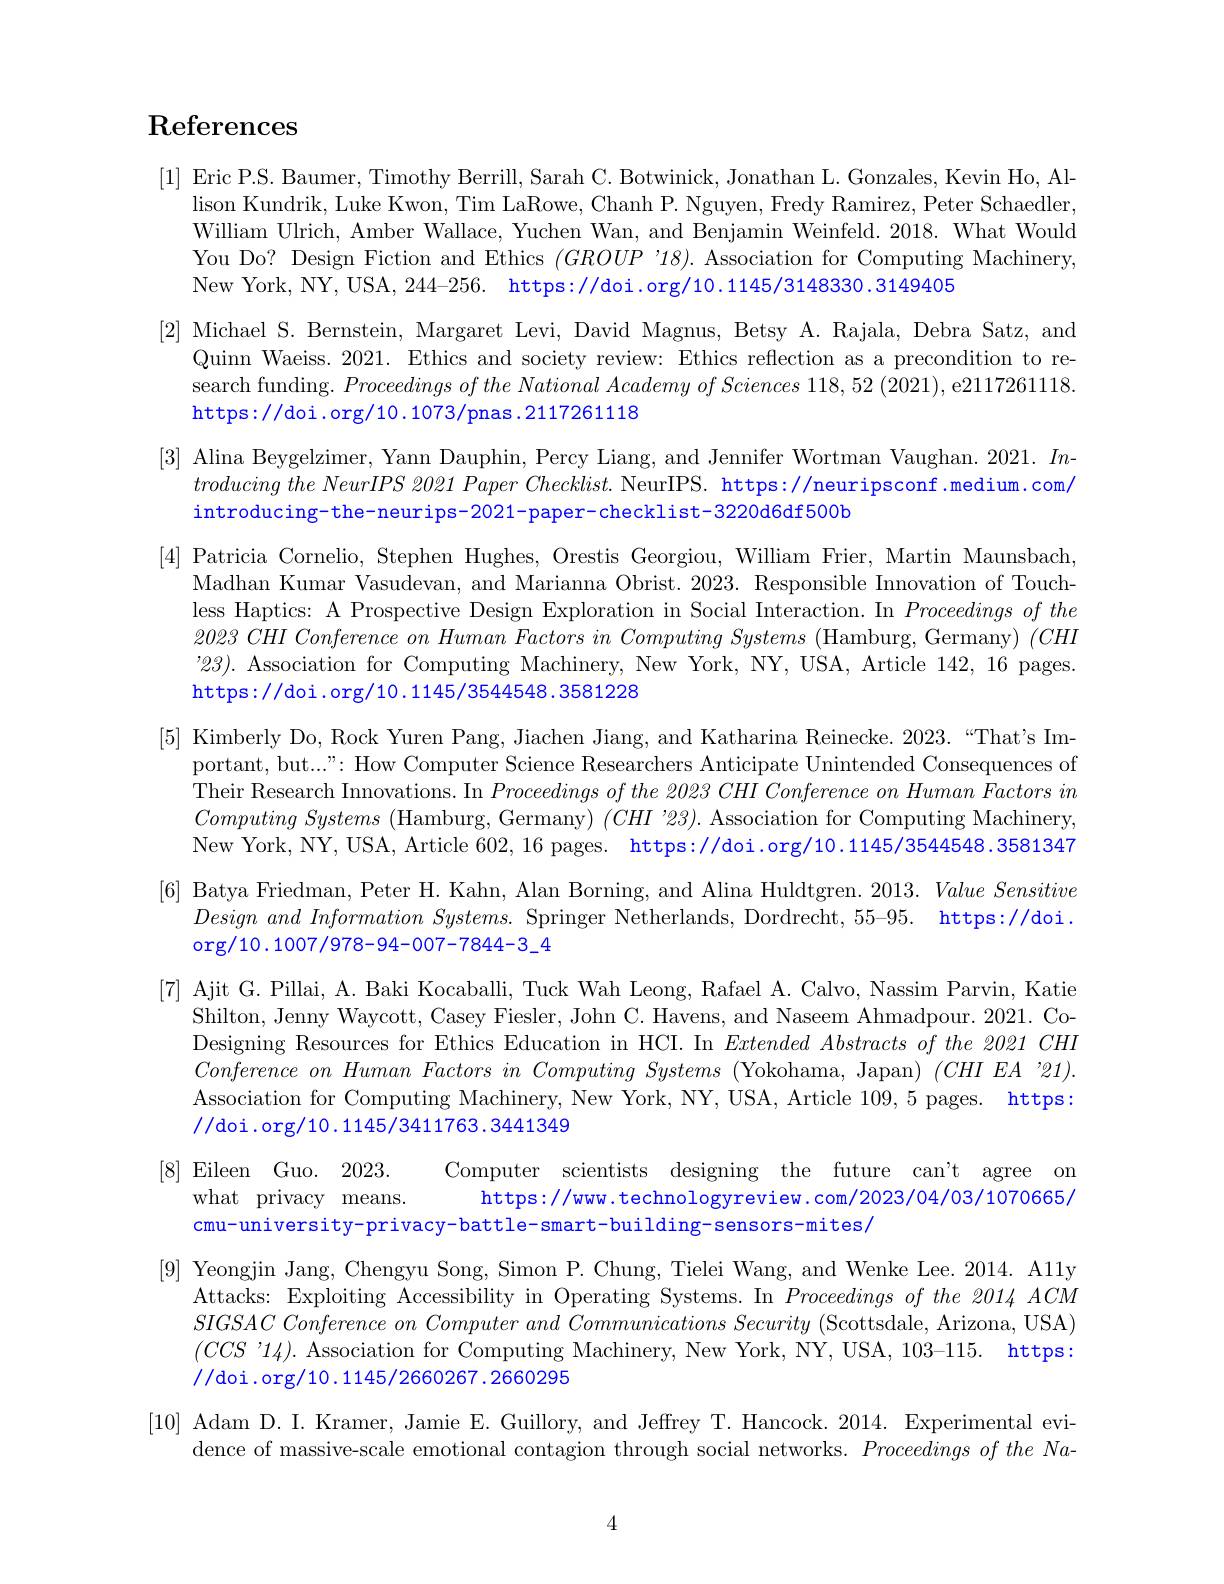
## $\operatorname{References}$

[1] Eric P.S. Baumer, Timothy Berrill, Sarah C. Botwinick, Jonathan L. Gonzales, Kevin Ho, Al-
lison Kundrik, Luke Kwon, Tim LaRowe, Chanh P. Nguyen, Fredy Ramirez, Peter Schaedler, William Ulrich, Amber Wallace, Yuchen Wan, and Benjamin Weinfeld. 2018. What Would You Do? Design Fiction and Ethics $(GROUP$ '18).Association for Computing Machinery, New York, NY, USA, 244-256. https://doi.org/10.1145/3148330.3149405
[2] Michael S. Bernstein, Margaret Levi, David Magnus, Betsy A. Rajala, Debra Satz, and
Quinn Waeiss. 2021. Ethics and society review: Ethics reflection as a precondition to research funding. $Proceedings\textit{ of the National Academy of Sciences 118, 52 ( 2021) , e2117261118. }$ https://doi.org/10.1073/pnas.2117261118
[3] Alina Beygelzimer, Yann Dauphin, Percy Liang, and Jennifer Wortman Vaughan. 2021. $In-$
$troducing\textit{ the NeurIPS 2021 Paper Checklist. NeurIPS. https: / / neuripsconf. medium. com/ }$
introducing-the-neurips-2021-paper-checklist-3220d6df500b
[4] Patricia Cornelio, Stephen Hughes, Orestis Georgiou, William Frier, Martin Maunsbach,
Madhan Kumar Vasudevan, and Marianna Obrist. 2023. Responsible Innovation of Touchless Haptics: A Prospective Design Exploration in Social Interaction. In Proceedingsofthe $2023CHI\textit{ Conference on Human Factors in Computing Systems ( Hamburg, Germany) }( CHI$ '23). Association for Computing Machinery, New York, NY, USA, Article 142, 16 pages. https://doi.org/10.1145/3544548.3581228
[5] Kimberly Do, Rock Yuren Pang, Jiachen Jiang, and Katharina Reinecke. 2023.“That's Im-
portant, but...": How Computer Science Researchers Anticipate Unintended Consequences of Their Research Innovations. In $Proceedingsofthe\textit{ 2023 CHI Conference on Human Factors in}$ $Computing~Systems~($Hamburg, Germany) $(CHI^{\prime}23).$ Association for Computing Machinery. New York, NY, USA, Article 602,16 pages. https://doi.org/10.1145/3544548.3581347
[6] Batya Friedman, Peter H. Kahn, Alan Borning, and Alina Huldtgren. 2013. Value Sensitive
$Designand\textit{ Information Systems. Springer Netherlands, Dordrecht, 55- 95. }$ https://doi $Designand\textit{ Information Systems. Springer Netherlands, Dordrecht, 55- 95. }$ https://doi Design $and\textit{ Information Systems. Springer Netherlands, Dordrecht, 55- 95. }$
org/ 10. 1007/ 978- 94- 007- 7844- 3
[7] Ajit G. Pillai, A. Baki Kocaballi, Tuck Wah Leong, Rafael A. Calvo, Nassim Parvin, Katie
Shilton, Jenny Waycott, Casey Fiesler, John C. Havens, and Naseem Ahmadpour. 2021. CoDesigning Resources for Ethics Education in HCI. In $ExtendedAbstracts\textit{of the 2021 CHI}$ $ConferenceonHuman\textit{ Factors in Computing Systems ( Yokohama, Japan) }( CHIEA$ " 21). Association for Computing Machinery, New York, NY, USA, Article 109,5 pages. https: //doi.org/10.1145/3411763.3441349
[8]Eileen Guo. 2023. Computer scientists designing the future can't agree on
what privacy means. https://www.technologyreview.com/2023/04/03/1070665/
cmu-university-privacy-battle-smart-building-sensors-mites/
[9] Yeongjin Jang, Chengyu Song, Simon P. Chung, Tielei Wang, and Wenke Lee. 2014. A11y
Attacks: Exploiting Accessibility in Operating Systems. In $Proceedings\textit{of the 2014}ACM$ $SIGSAC\textit{ Conference on Computer and Communications Security ( Scottsdale, Arizona, USA) }$ $(CCS$ '14). Association for Computing Machinery, New York, NY, USA, 103-115. https: //doi.org/10.1145/2660267.2660295
[10] Adam D. I. Kramer, Jamie E. Guillory, and Jeffrey T. Hancock. 2014. Experimental evi-
dence of massive-scale emotional contagion through social networks. $ProceedingsoftheNa-0$
4